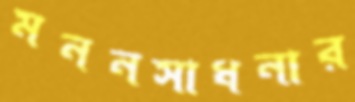
মননসাধনার